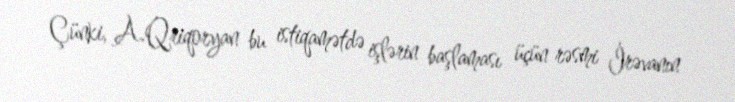
Çünki, A.Qriqoryan bu istiqamətdə işlərin başlaması üçün rəsmi İrəvanın